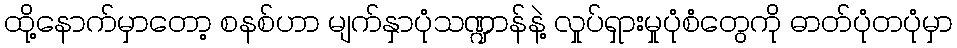
ထို့နောက်မှာတော့ စနစ်ဟာ မျက်နှာပုံသဏ္ဍာန်နဲ့ လှုပ်ရှားမှုပုံစံတွေကို ဓာတ်ပုံတပုံမှာ